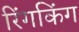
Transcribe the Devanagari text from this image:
रिंगकिंग